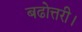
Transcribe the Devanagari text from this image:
बढोत्तरी।